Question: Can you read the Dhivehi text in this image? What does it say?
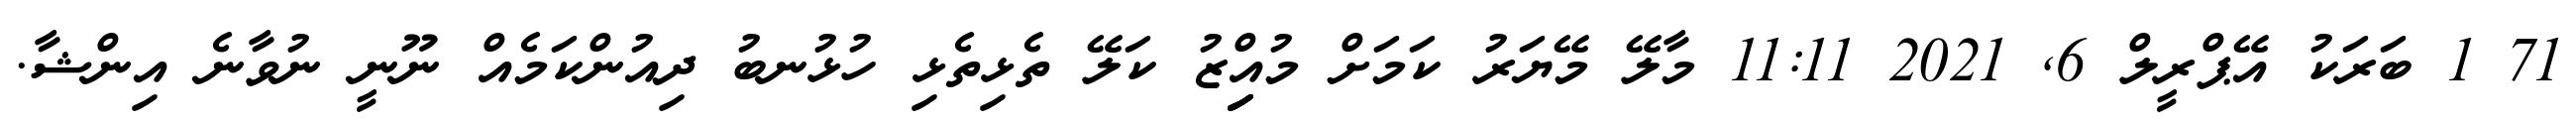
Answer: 71 1 ބަރަކު އޭޕްރީލް 6, 2021 11:11 މާލޭ މޭޔަރު ކަމަށް މުއިިިިިްޒު ކަލޭ ތެޅިތެޅި ހުޅުނބު ދިއުންކަމެއް ނޫނީ ނުވާނެ އިންޝާ.